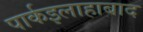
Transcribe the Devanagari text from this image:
पार्कइलाहाबाद